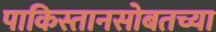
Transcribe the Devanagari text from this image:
पाकिस्तानसोबतच्या